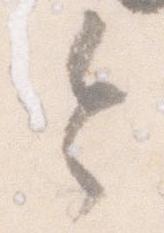
令